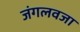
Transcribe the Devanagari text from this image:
जंगलवजा